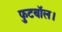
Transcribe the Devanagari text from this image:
फुटबॉल।